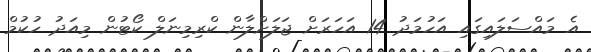
އެ މައްސަލައިގައި އަހުމަދު 14 އަހަރަށް ޖަލަށްލާން ކްރިމިނަލް ކޯޓުން މިއަދު ހުކުމް